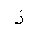
Letter: _zay